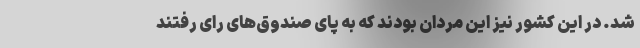
شد. در این کشور نیز این مردان بودند که به پای صندوق‌های رای رفتند